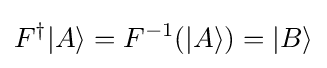
F^{\dagger }|A\rangle =F^{-1}(|A\rangle )=|B\rangle